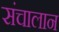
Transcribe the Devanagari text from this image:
संचालान